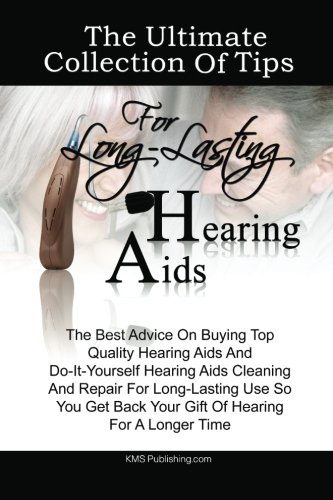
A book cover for The Ultimate Collection Of Tips For Long-Lasting Hearing Aids: The Best Advice On Buying Top Quality Hearing Aids And Do-It-Yourself Hearing Aids ... Back Your Gift Of Hearing For A Longer Time; K M S Publishing.com; Health, Fitness & Dieting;